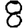
Digit: 8